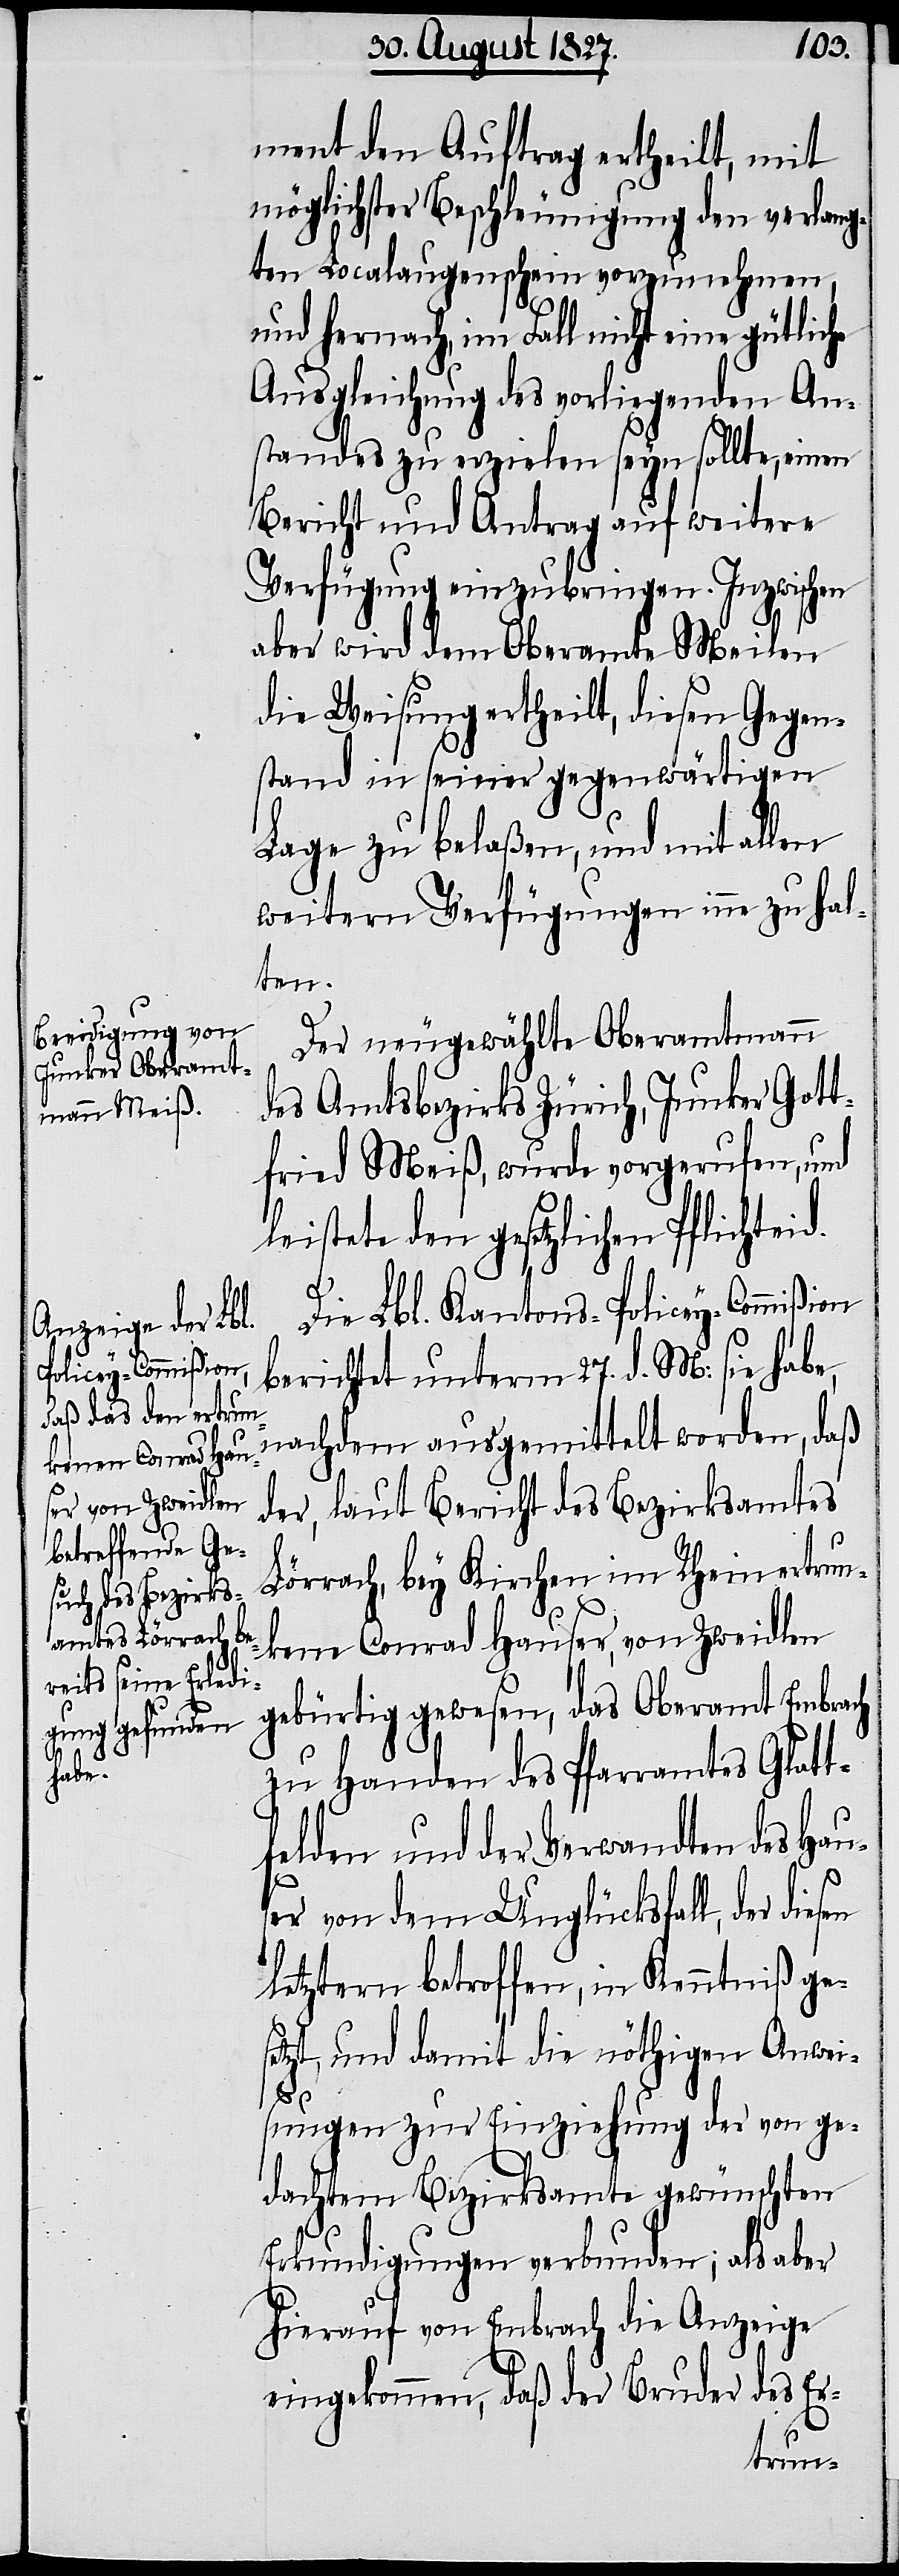
ment den Auftrag ertheilt, mit
möglichster Beschleunigung den verlang¬
ten Localaugenschein vorzunehmen,
und hernach, im Fall nicht eine gütliche
Ausgleichung des vorliegenden An¬
standes zu erzielen seyn sollte, einen
Bericht und Antrag auf weitere
Verfügung einzubringen. Inzwischen
aber wird dem Oberamte Meilen
die Weisung ertheilt, diesen Gegen¬
stand in seiner gegenwärtigen
Lage zu belaßen, und mit allen
weitern Verfügungen inne zu hal¬
ten.
Der neugewählte Oberamtmann
des Amtsbezirks Zürich, Junker Gott¬
fried Meiß, wurde vorgerufen, und
leistete den gesetzlichen Pflichteid.
Die Lbl. Kantons-Policey-Commißion
berichtet unterm 27. d. M: sie habe,
nachdem ausgemittelt worden, daß
der, laut Bericht des Bezirksamtes
Lörrach, bey Kirchen im Rhein ertrun¬
kene Conrad Hauser, von Zweidlen
gebürtig gewesen, das Oberamt Embrach
zu Handen des Pfarramtes Glatt¬
felden und der Verwandten des Hau¬
ser von dem Unglücksfall, der diesen
letztern betroffen, in Kenntniß ges¬
etzt, und damit die nöthigen Anwei¬
sungen zur Einziehung der von ge¬
dachtem Bezirksamte gewünschten
Erkundigungen verbunden; als aber
hierauf von Embrach die Anzeige
eingekommen, daß der Bruder des Er-